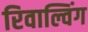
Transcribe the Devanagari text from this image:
रिवाल्विंग